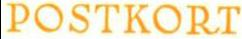
POSTKORT